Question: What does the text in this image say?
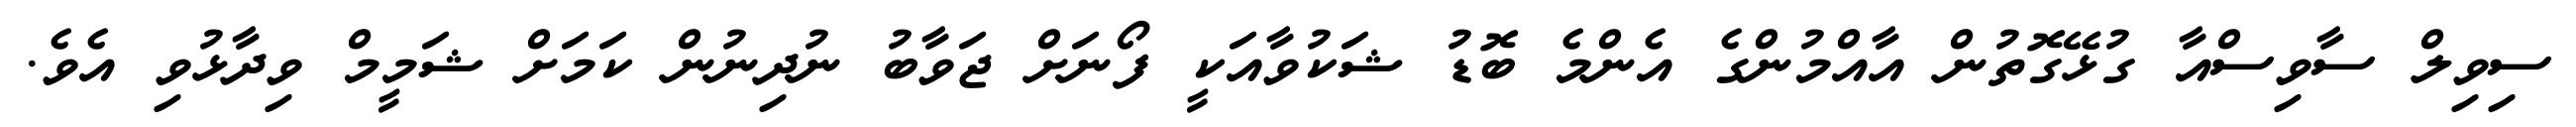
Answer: ސިވިލް ސާވިސްއާ ގުޅޭގޮތުން އާއްމުންގެ އެންމެ ބޮޑު ޝަކުވާއަކީ ފޯނަށް ޖަވާބު ނުދިނުން ކަމަށް ޝަމީމް ވިދާޅުވި އެވެ.